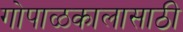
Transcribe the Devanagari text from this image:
गोपाळकालासाठी